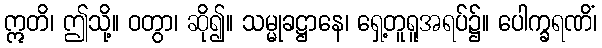
ဣတိ၊ ဤသို့။ ဝတွာ၊ ဆို၍။ သမ္မုခဋ္ဌာနေ၊ ရှေ့တူရူအရပ်၌။ ပေါက္ခရဏိံ၊